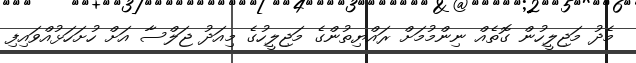
މެދު މަޖިލީހުން ގޮތެއް ނިންމުމަށް ރައްޔިތުންގެ މަޖިލީހުގެ މިއަދު ޖަލްސާ އަށް ހުށަހަޅުއްވައިފި